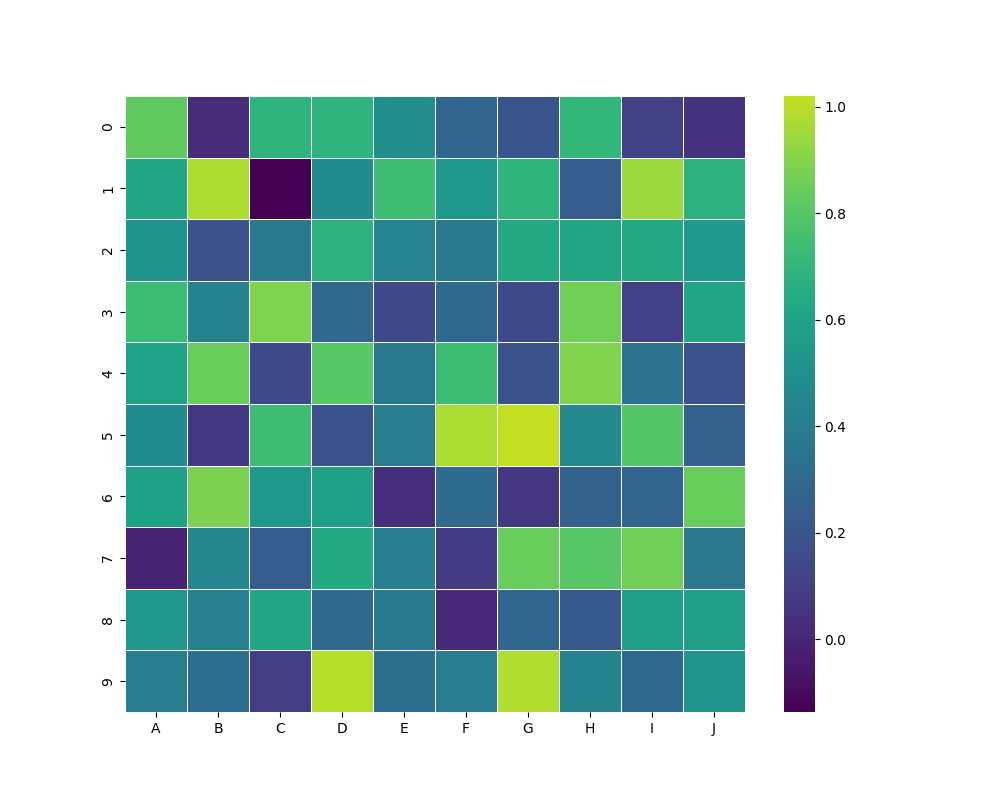
python, seaborn, heatmap, cmap='viridis', linewidths=0.5, center=0.5